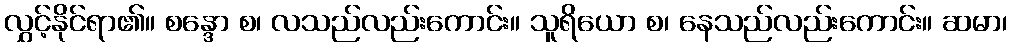
လွှင့်နိုင်ရာ၏။ စန္ဒော စ၊ လသည်လည်းကောင်း။ သူရိယော စ၊ နေသည်လည်းကောင်း။ ဆမာ၊